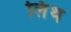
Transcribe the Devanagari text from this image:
लिंथ